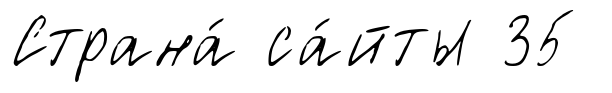
Страна́ са́йты 35